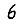
Digit: 6